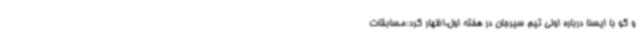
و گو با ایسنا درباره اولی تیم سیرجان در هفته اول،اظهار کرد:مسابقات